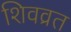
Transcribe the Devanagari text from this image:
शिवव्रत